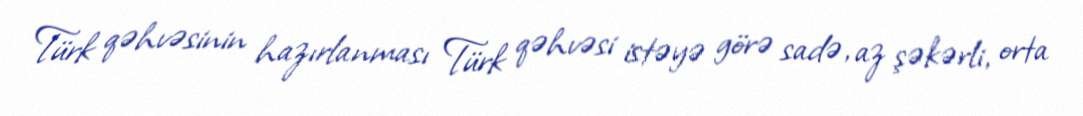
Türk qəhvəsinin hazırlanması Türk qəhvəsi istəyə görə sadə, az şəkərli, orta